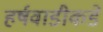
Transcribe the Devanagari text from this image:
हर्षवाडीकडे